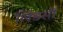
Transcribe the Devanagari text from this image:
लिंडसी